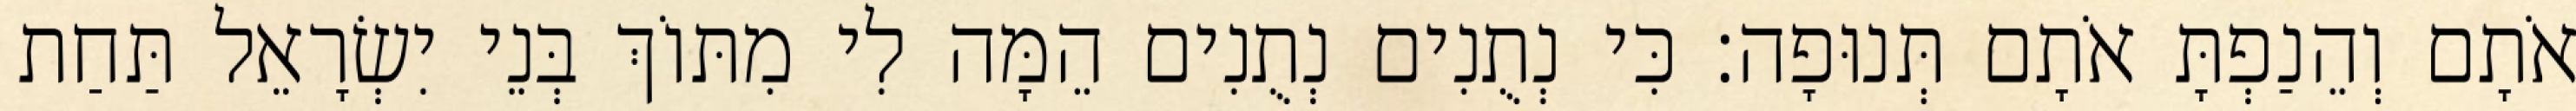
אֹתָם וְהֵנַפְתָּ אֹתָם תְּנוּפָה׃ כִּי נְתֻנִים נְתֻנִים הֵמָּה לִי מִתּוֹךְ בְּנֵי יִשְׂרָאֵל תַּחַת